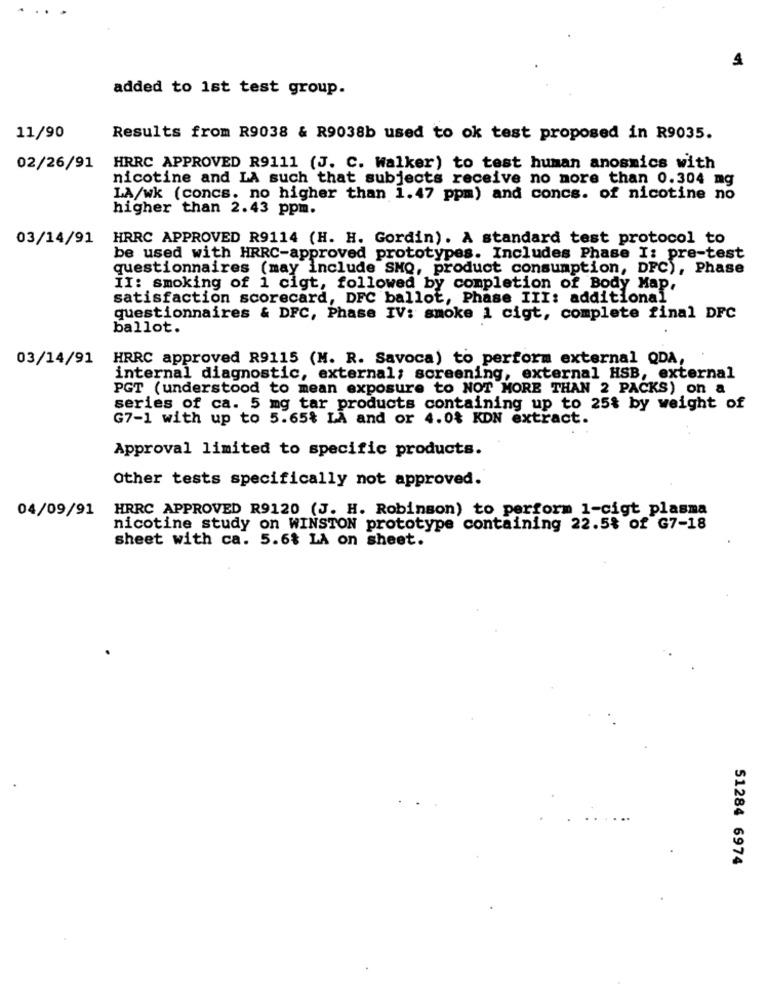
added to 1st test group.
11/90
Results from R9038 & R9038b used to ok test proposed in R9035.
02/26/91
HRRC APPROVED R9111 (J. C. Walker) to test human anosmics with
nicotine and LA such that subjects receive no more than 0.304 mg
LA/wk (concs. no higher than 1. 47 ppm) and concs. of nicotine no
higher than 2.43 ppm.
03/14/91
HRRC APPROVED R9114 (H. H. Gordin). A standard test protocol to
be used with HRRC-approved prototypes. Includes Phase I: pre-test
questionnaires (may include SMQ, product consumption, DFC), Phase
II: smoking of 1 cigt, followed by completion of Body Map,
satisfaction scorecard, DFC ballot, Phase III: additional
questionnaires & DFC, Phase IV: smoke 1 cigt, complete final DFC
ballot.
03/14/91
HRRC approved R9115 (M. R. Savoca) to perform external QDA,
internal diagnostic, external; screening, external HSB, external
PGT (understood to mean exposure to NOT MORE THAN 2 PACKS) on a
series of ca. 5 mg tar products containing up to 25% by weight of
G7-1 with up to 5.65% LA and or 4.0$ KDN extract.
Approval limited to specific products.
Other tests specifically not approved.
04/09/91
HRRC APPROVED R9120 (J. H. Robinson) to perform 1-cigt plasma
nicotine study on WINSTON prototype containing 22.5% of G7-18
sheet with ca. 5.6$ LA on sheet.
51284 6974